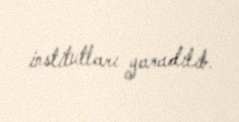
institutları yaradılıb.